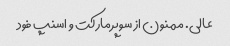
عالی. ممنون از سوپرمارکت و اسنپ فود